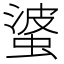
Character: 𱿮